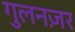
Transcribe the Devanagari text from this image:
गुलनज़र